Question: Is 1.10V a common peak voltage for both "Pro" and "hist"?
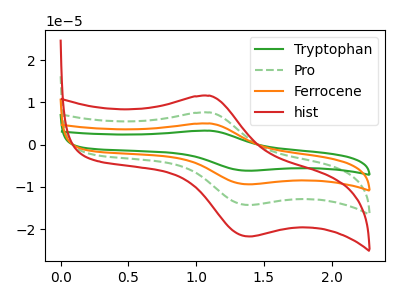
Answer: <think>The green curve "Tryptophan" has an anodic peak at (1.10V, 22.85uA) and a cathodic peak at (1.40V, -42.95uA). The green dashed curve "Pro" has an anodic peak at (1.10V, 7.60uA) and a cathodic peak at (1.40V, -14.30uA). The orange curve "Ferrocene" has an anodic peak at (1.10V, 15.20uA) and a cathodic peak at (1.40V, -28.60uA). The red curve "hist" has an anodic peak at (1.10V, 11.55uA) and a cathodic peak at (1.40V, -21.75uA).</think>
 <answer>Yes, "Pro" and "hist" share a peak at 1.10V.</answer>
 <eval>match</eval>